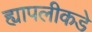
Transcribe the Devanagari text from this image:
ह्यापलीकडे